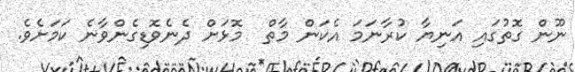
ނޫން ގޮތުގައި އަނިޔާ ކުރާނަމަ އެކަން މާތް  މޮޅަށް ދެނެވޮޑިގެންވާނެ ކަމަށެވެ.